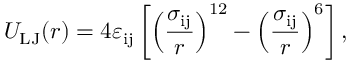
U _ { \mathrm { L J } } ( r ) = 4 \varepsilon _ { \mathrm { i j } } \left[ \left( \frac { \sigma _ { \mathrm { i j } } } { r } \right) ^ { 1 2 } - \left( \frac { \sigma _ { \mathrm { i j } } } { r } \right) ^ { 6 } \right] ,